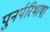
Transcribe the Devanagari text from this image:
पुनर्परिभाषा